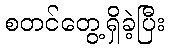
စတင်တွေ့ရှိခဲ့ပြီး